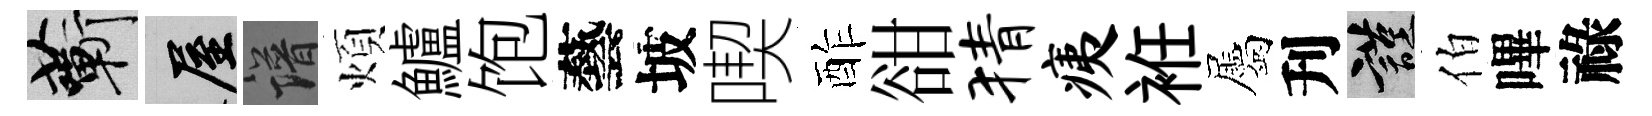
蔪屋譜煩鱸饱藝坡喫酢𧮳猜痍袵屬刋謹伯嗶祿